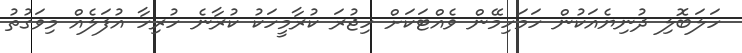
ހަލަބޮލި ދުނިޔެއަކުން ހަމަހިމޭން ވެއްޓަކަށް ހިޖުރަ ކުރާމީހަކު ކުރާނެ ހުރިހާ އުފަލެއް މިވަގުތު